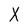
Character: X